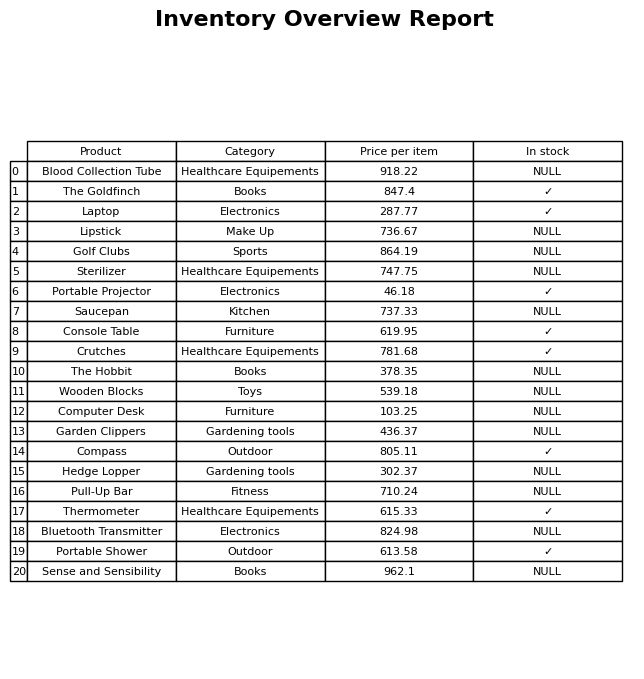
question: What is the stock status of the Golf Clubs?
answer: NULL